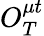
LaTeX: O_{T}^{\mu t}